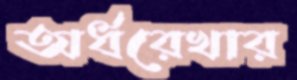
অর্ধরেখার